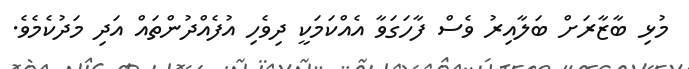
މުޅި ބާޒާރަށް ބަލާއިރު ވެސް ފާހަގަވާ އެއްކަމަކީ ދިވެހި އުފެއްދުންތައް އަދި މަދުކެމެވެ.